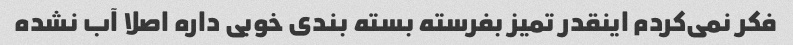
فکر نمی‌کردم اینقدر تمیز بفرسته بسته بندی خوبی داره اصلا آب نشده